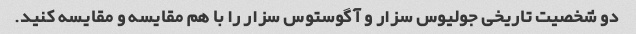
دو شخصیت تاریخی جولیوس سزار و آگوستوس سزار را با هم مقایسه و مقایسه کنید.